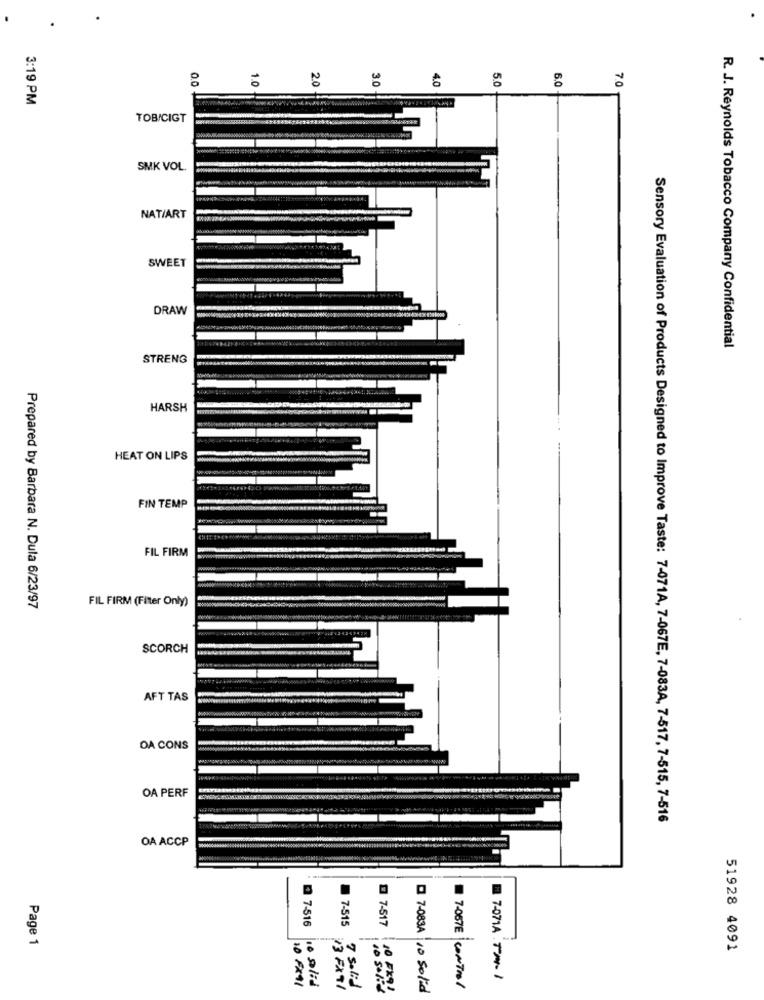
0.0
1.0
20
3.0
70
4.0
5.0
6.0
3:19 PM
TOB/CIGT
SMK VOL.
NAT/ART
SWEET
DRAW
R. J. Reynolds Tobacco Company Confidential
STRENG
HARSH
HEAT ON LIPS
FIN TEMP
FIL FIRM
FIL FIRM (Filter Only)
Prepared by Barbara N. Dula 6/23/97
SCORCH
AFT TAS
OA CONS
OA PERF
Sensory Evaluation of Products Designed to Improve Taste: 7-071A, 7-067E, 7-083A, 7-517, 7-515, 7-516
OA ACCP
0 7-516
7-515
7-517
Page 1
51928 4091
10 FX91
7-071A TAI
1. glid
7 solid
0 7-083A 10 Solid
7-087E CONTROL